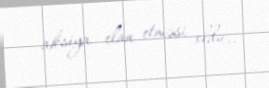
aksiya elan etməsi oldu..